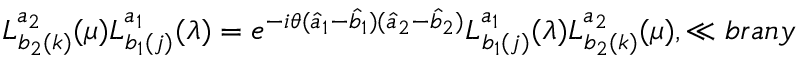
L _ { b _ { 2 } ( k ) } ^ { a _ { 2 } } ( \mu ) L _ { b _ { 1 } ( j ) } ^ { a _ { 1 } } ( \lambda ) = e ^ { - i \theta ( \hat { a } _ { 1 } - \hat { b } _ { 1 } ) ( \hat { a } _ { 2 } - \hat { b } _ { 2 } ) } L _ { b _ { 1 } ( j ) } ^ { a _ { 1 } } ( \lambda ) L _ { b _ { 2 } ( k ) } ^ { a _ { 2 } } ( \mu ) , \ll { b r a n y }